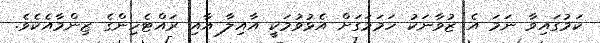
ކަމުގައިވާ ނަމަ އެ ޒުވާނަކު ހަމަމަގަށް އެޅުވުމަކީ އާއިލާ އާއި ރައްޓެހިންގެ ޒިންމާއެކެވެ.